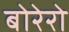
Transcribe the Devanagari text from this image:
बोरेरो